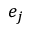
e _ { j }